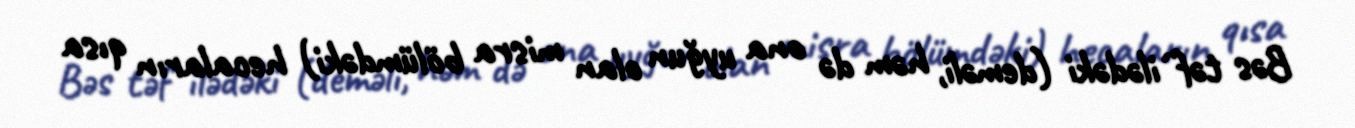
Bəs təf`ilədəki (deməli, həm də ona uyğun olan misra bölümdəki) hecaların qısa